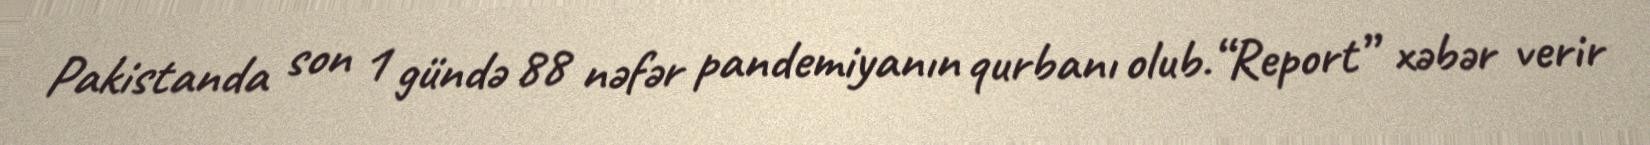
Pakistanda son 1 gündə 88 nəfər pandemiyanın qurbanı olub.“Report” xəbər verir